Jaan_Tonisson_(Lasteleht), lk 114
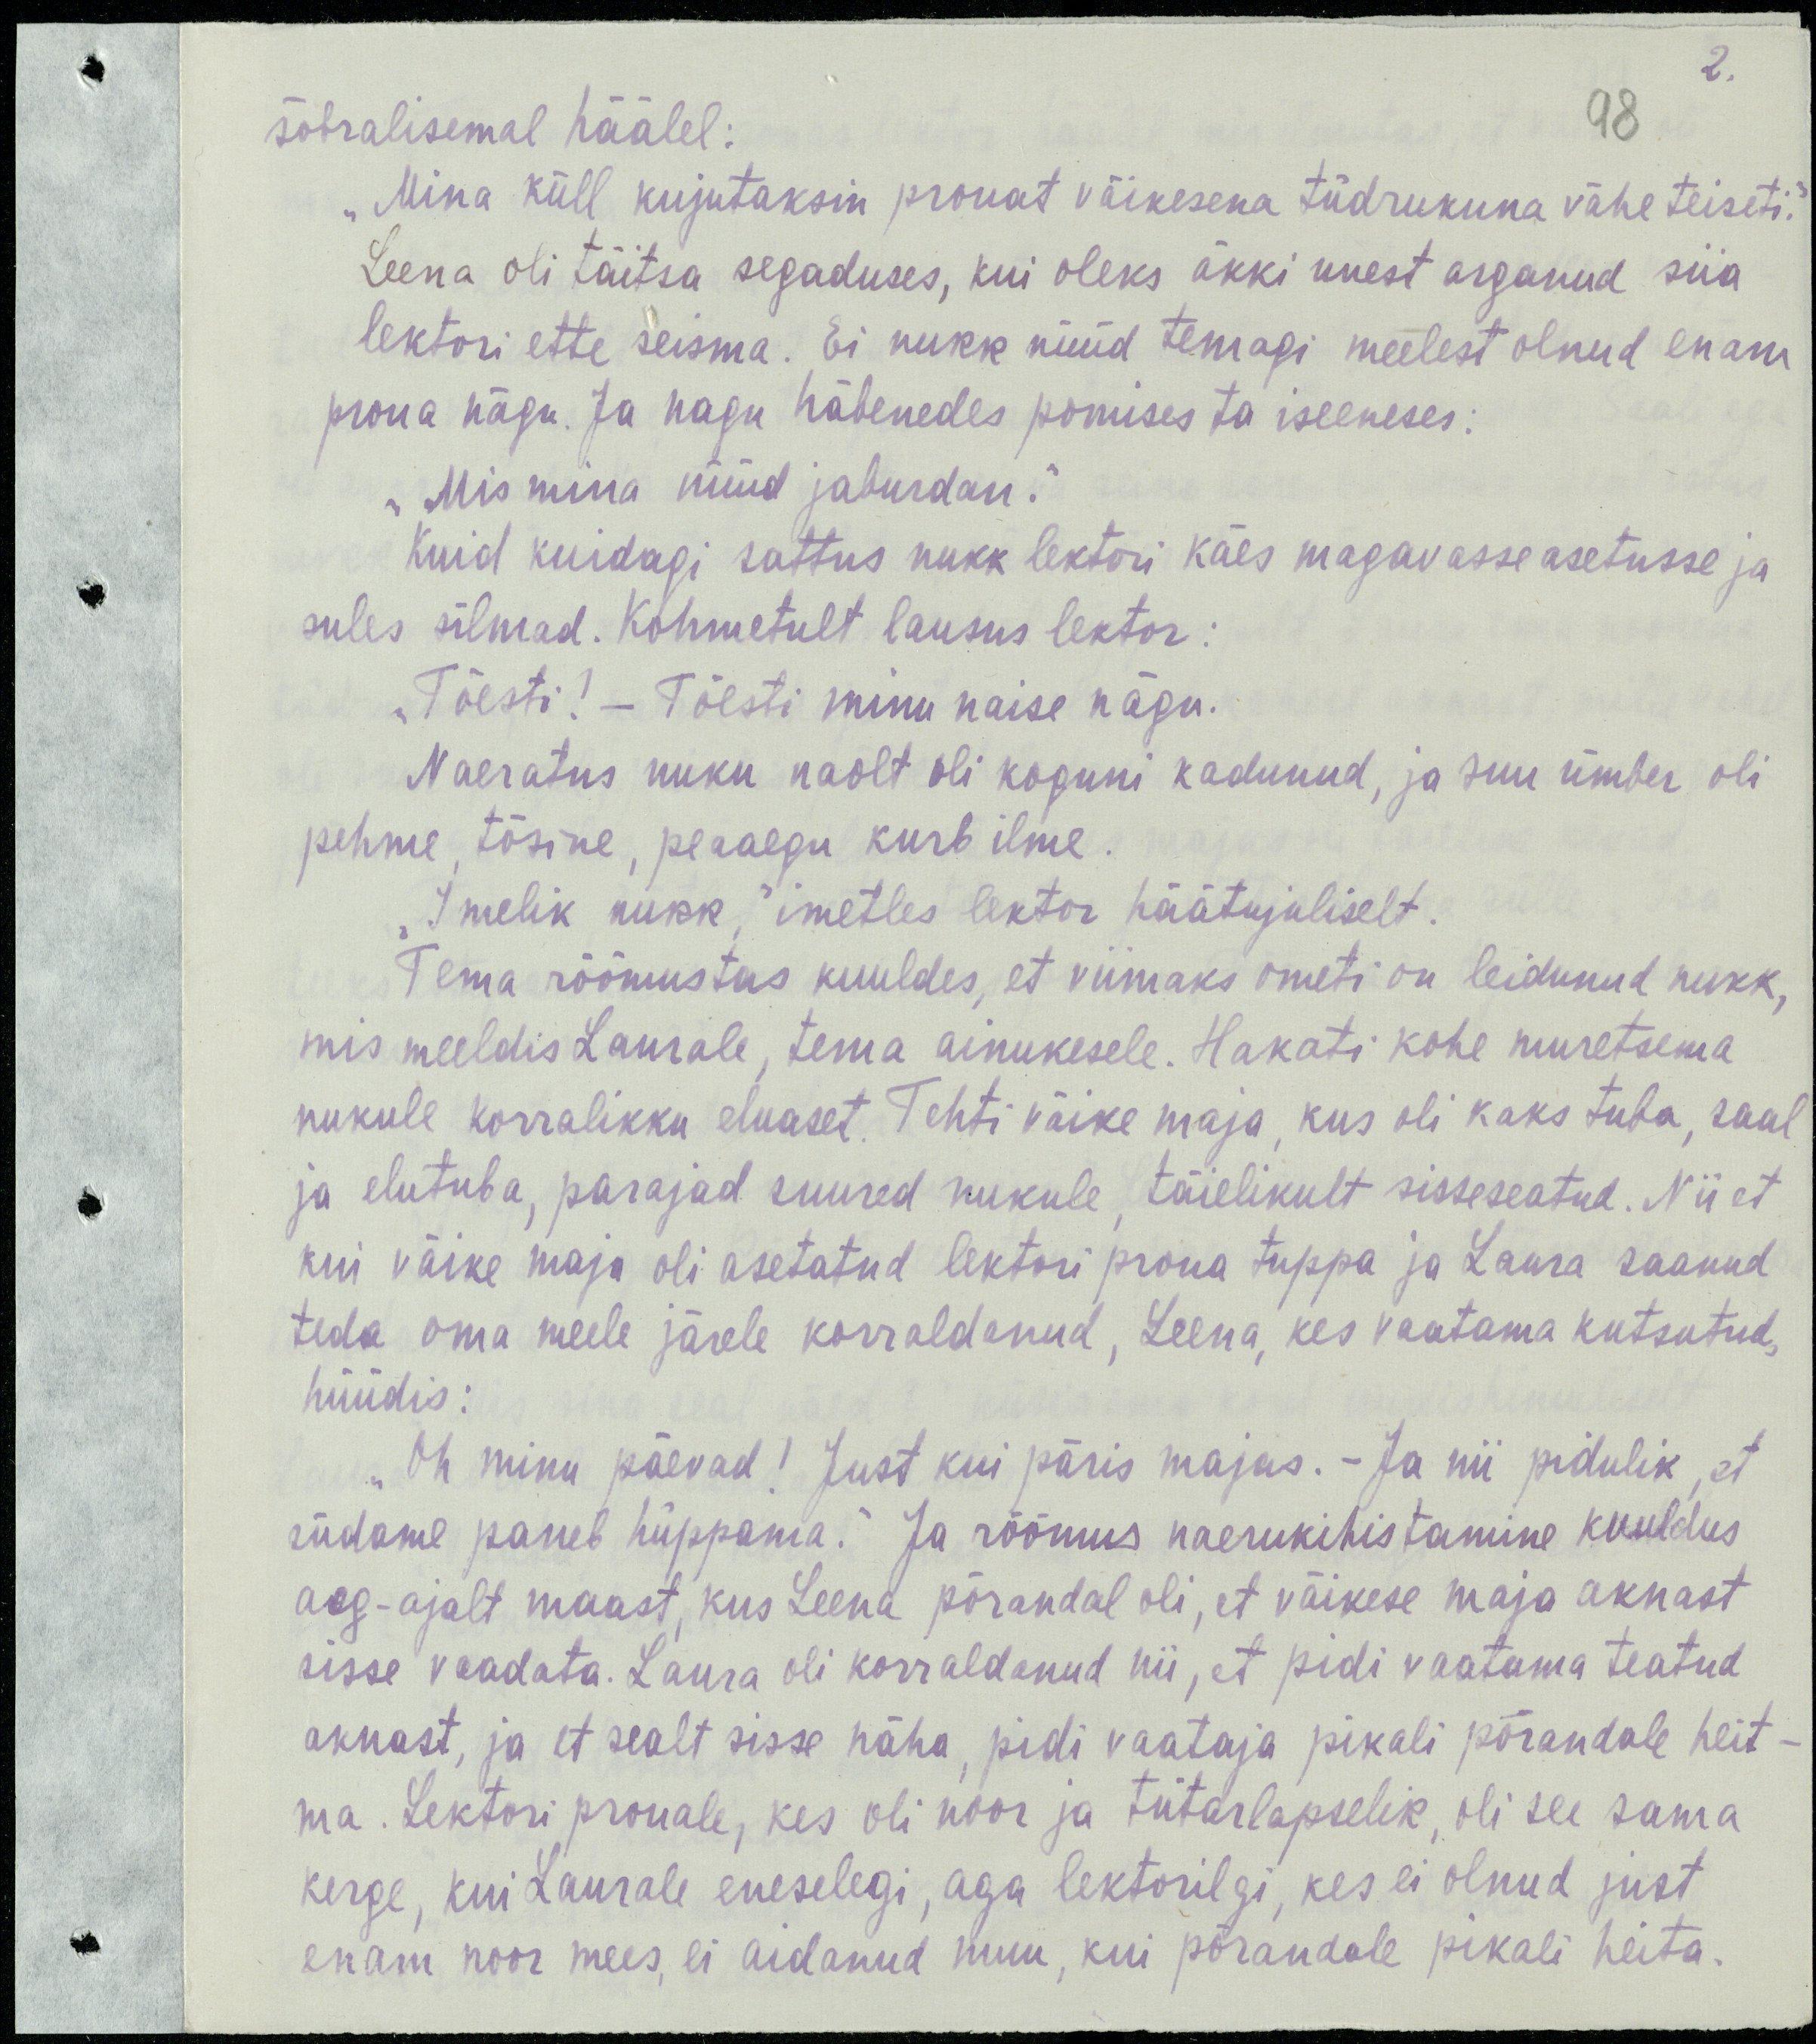
2.
98
sõbralisemal häälel:
„Mina küll kujutaksin prouat väikesena tüdrukuna vähe teiseti.“
Leena oli täitsa segaduses, kui oleks äkki unest arganud siia
lektori ette seisma. Ei nukk nüüd temagi meelest olnud enam
proua nägu. Ja nagu häbenedes pomises ta iseeneses:
„Mis mina nüüd jaburdan.“
Kuid kuidagi sattus nukk lektori käes magavasse asetusse ja
sules silmad. Kohmetult lausus lektor:
„Tõesti! – Tõesti minu naise nägu.
Naeratus nuku naolt oli koguni kadunud, ja suu ümber oli
pehme, tõsine, peaaegu kurb ilme.
„Imelik nukk,“ imetles lektor häätujuliselt.
Tema rõõmustas kuuldes, et viimaks ometi on leidunud nukk,
mis meeldis Laurale, tema ainukesele. Hakati kohe muretsema
nukule korralikku eluaset. Tehti väike maja, kus oli kaks tuba, saal
ja elutuba, parajad suured nukule, täielikult sisseseatud. Nii et
kui väike maja oli asetatud lektori proua tuppa ja Laura saanud
teda oma meele järele korraldanud, Leena, kes vaatama kutsutud,
hüüdis:
„Oh minu päevad! Just kui päris majas. – Ja nii pidulik, et
südame paneb hüppama.“ Ja rõõmus naerukihistamine kuuldus
aeg-ajalt maast, kus Leena põrandal oli, et väikese maja aknast
sisse vaadata. Laura oli korraldanud nii, et pidi vaatama teatud
aknast, ja et sealt sisse näha, pidi vaataja pikali põrandale heit-
ma. Lektori prouale, kes oli noor ja tütarlapselik, oli see sama
kerge, kui Laurale eneselegi, aga lektorilgi, kes ei olnud just
enam noor mees, ei aidanud muu, kui põrandale pikali heita.